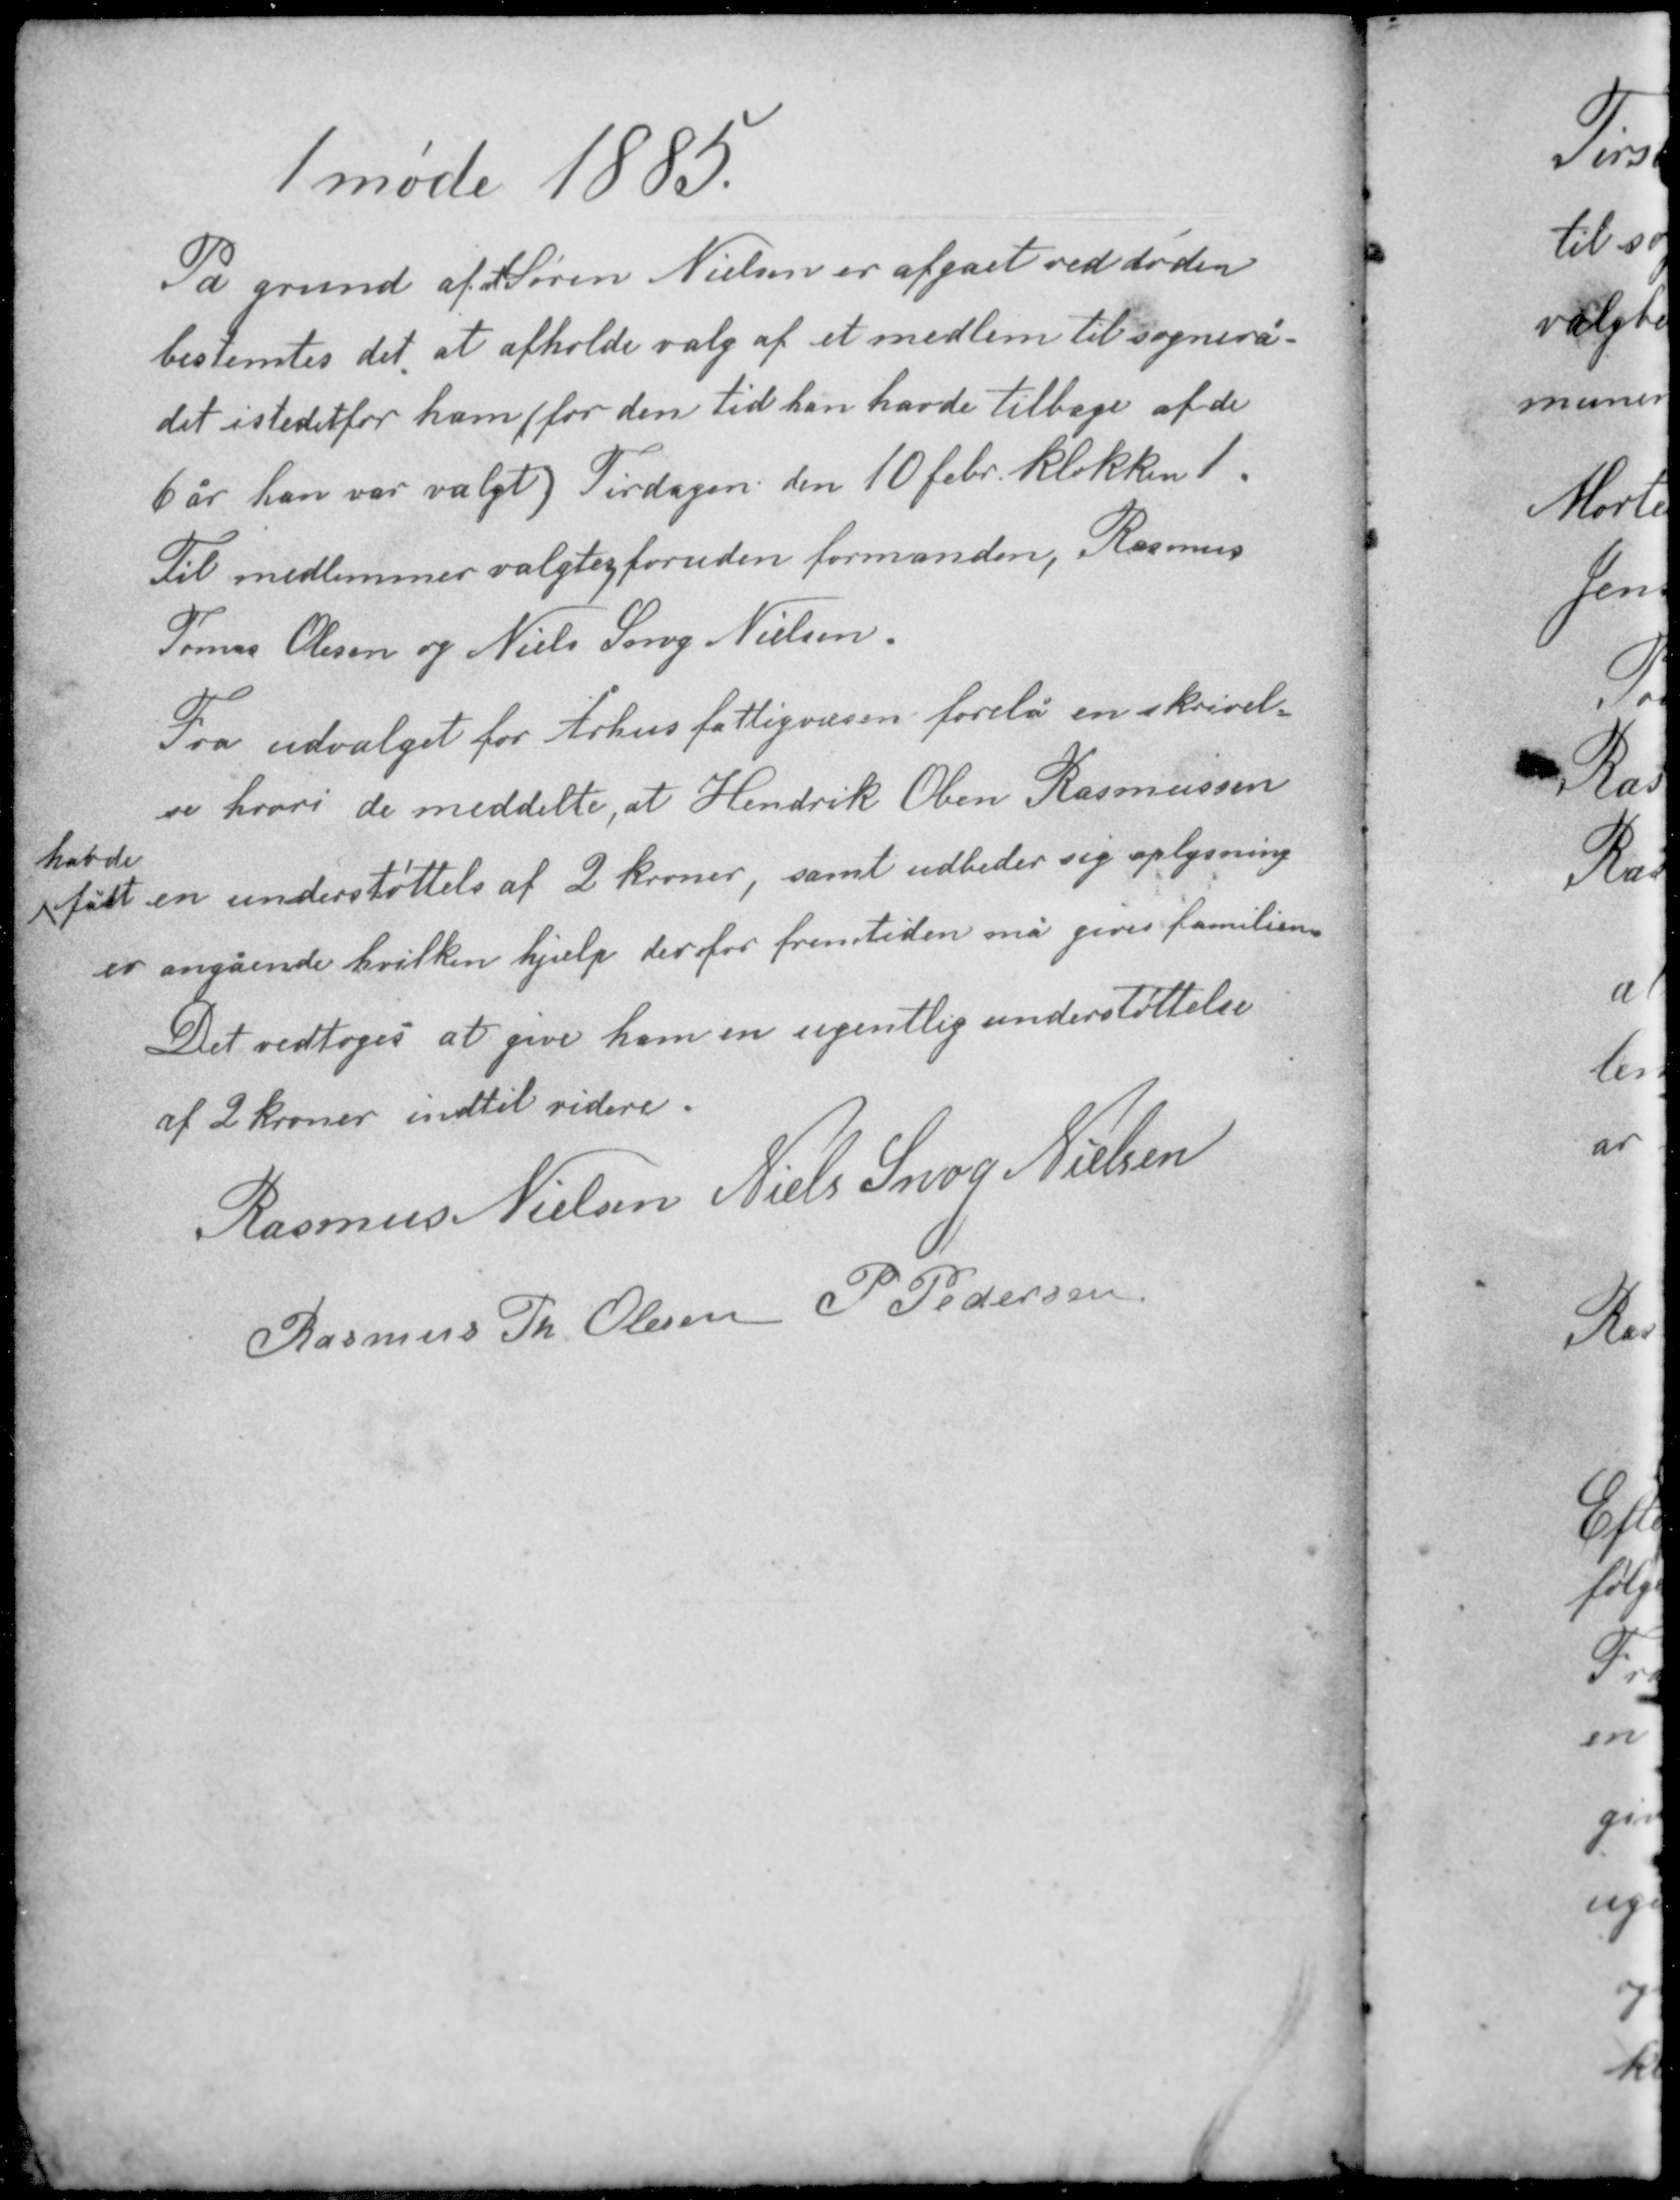
Transskription:
1 møde 1885

På grund af at Søren Nielsen er afgået ved døden
bestemtes det at afholde valg af et medlem til sognerå-
det istedetfor ham (for den tid han havde tilbage af de
6 år han var valgt). Tirsdagen den 10 febr. klokken 1.
Til medlemmer valgtes foruden formanden, Rasmus
Tomas Olesen og Niels Snog Nielsen

Fra udvalget for Århus fattigvæsen forelå en skrivel-
se hvori de meddelte, at Hendrik Oben Rasmussen
havde
fået en understøttelse af 2 kroner, samt udbeder sig oplysning-
er angående hvilken hjælp der for fremtiden må gives familien.
Det vedtoges at give ham en ugentlig understøttelse
af 2 kroner indtil videre.

Rasmus Nielsen Niels Snog Nielsen
Rasmus Th Olesen P. Pedersen